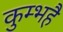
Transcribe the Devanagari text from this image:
कुम्भहै